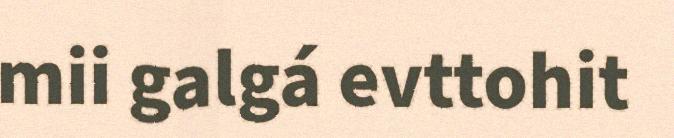
mii galgá evttohit